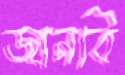
জানবি